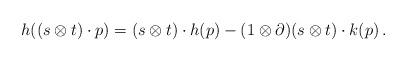
LaTeX: \begin{align*} h((s \otimes t) \cdot p) = (s \otimes t) \cdot h(p) -(1 \otimes \partial)(s \otimes t) \cdot k(p)\,. \end{align*}